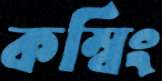
কম্বিং